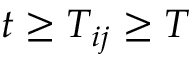
t \geq T _ { i j } \geq T